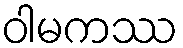
ဝါမကဿ